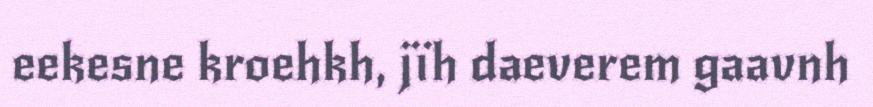
eekesne kroehkh, jïh daeverem gaavnh